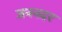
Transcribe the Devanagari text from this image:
जननदर